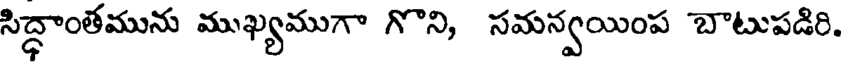
సిద్ధాంతమును ముఖ్యముగా గొని, సమన్వయింప బాటుపడిరి.